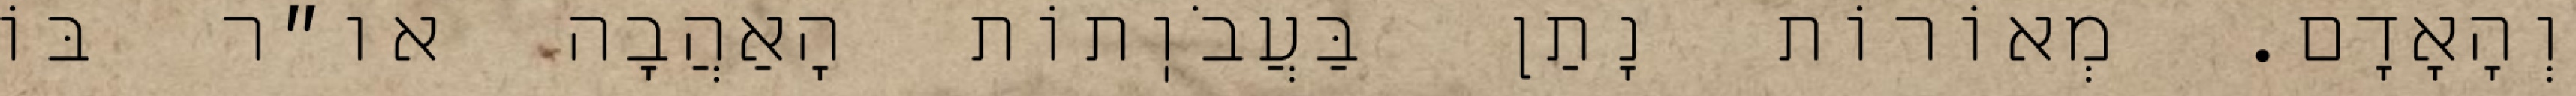
וְהָאָדָם. מְאוֹרוֹת נָתַן בַּעֲבֹוֽתוֹת הָאַהֲבָה או״ר בּוֹ